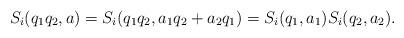
LaTeX: \begin{align*} S_i(q_1q_2,a)=S_i(q_1q_2,a_1q_2+a_2q_1)=S_i(q_1,a_1)S_i(q_2,a_2).\end{align*}